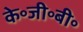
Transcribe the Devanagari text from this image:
के॰जी॰बी॰